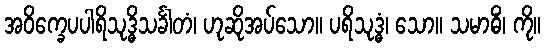
အဝိက္ခေပပါရိသုဒ္ဓိသင်္ခါတံ၊ ဟုဆိုအပ်သော။ ပရိသုဒ္ဓံ၊ သော။ သမာဓိံ၊ ကို။